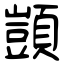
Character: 顗